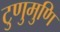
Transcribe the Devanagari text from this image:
टुणुमुणि